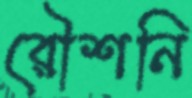
রৌশনি